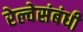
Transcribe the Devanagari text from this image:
रेल्वेसंबंधी